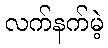
လက်နက်မဲ့